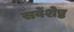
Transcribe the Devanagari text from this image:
सर्वेशेष्ठ